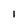
Character: l